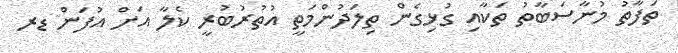
ތަފާތު މުނާސަބާތު ތަކާއި ގުޅިގެން ތިލަދުންމަތީ އުތުރުބުރީ ކެލާ އަށް އުފަން ޑރ